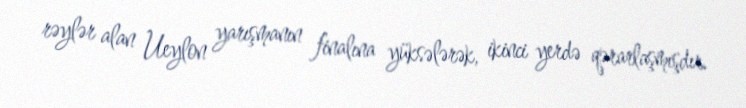
rəylər alan Ueylon yarışmanın finalına yüksələrək, ikinci yerdə qərarlaşmışdır.